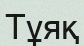
Тұяқ